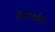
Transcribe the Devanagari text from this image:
रोगराईस